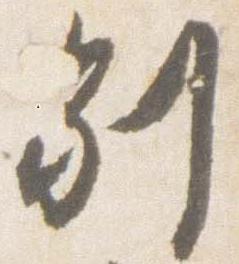
別